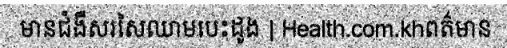
មានជំងឺសរសៃឈាមបេះដូង | Health.com.khពត៌មាន